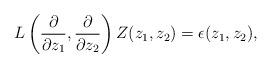
LaTeX: \begin{align*}L\left(\frac{\partial}{\partial z_1}, \frac{\partial}{\partial z_2}\right) Z(z_1, z_2) = \epsilon(z_1, z_2),\end{align*}